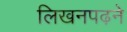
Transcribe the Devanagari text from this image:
लिखनपढ़ने